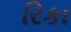
રિકા